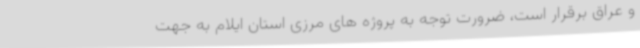
و عراق برقرار است، ضرورت توجه به پروژه های مرزی استان ایلام به جهت